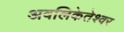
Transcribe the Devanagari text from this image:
अवलिकेतेश्‍वर